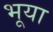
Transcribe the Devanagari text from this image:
भूया